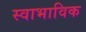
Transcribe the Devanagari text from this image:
स्‍वाभाविक